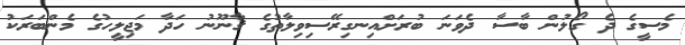
މެސީގެ ދެ ގޯލުން ބާސާ ދެވަނަ ބުރަށްއިނގިރޭސިވިލާތުގެ ޤާނޫނު ހަދާ މަޖިލީހުގެ މެންބަރަކު